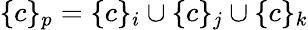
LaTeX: \{ c\} _{p}=\{ c\} _{i}\cup\{ c\} _{j}\cup\{ c\} _{k}